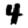
Digit: 4